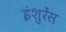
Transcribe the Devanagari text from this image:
इंशुरेंस